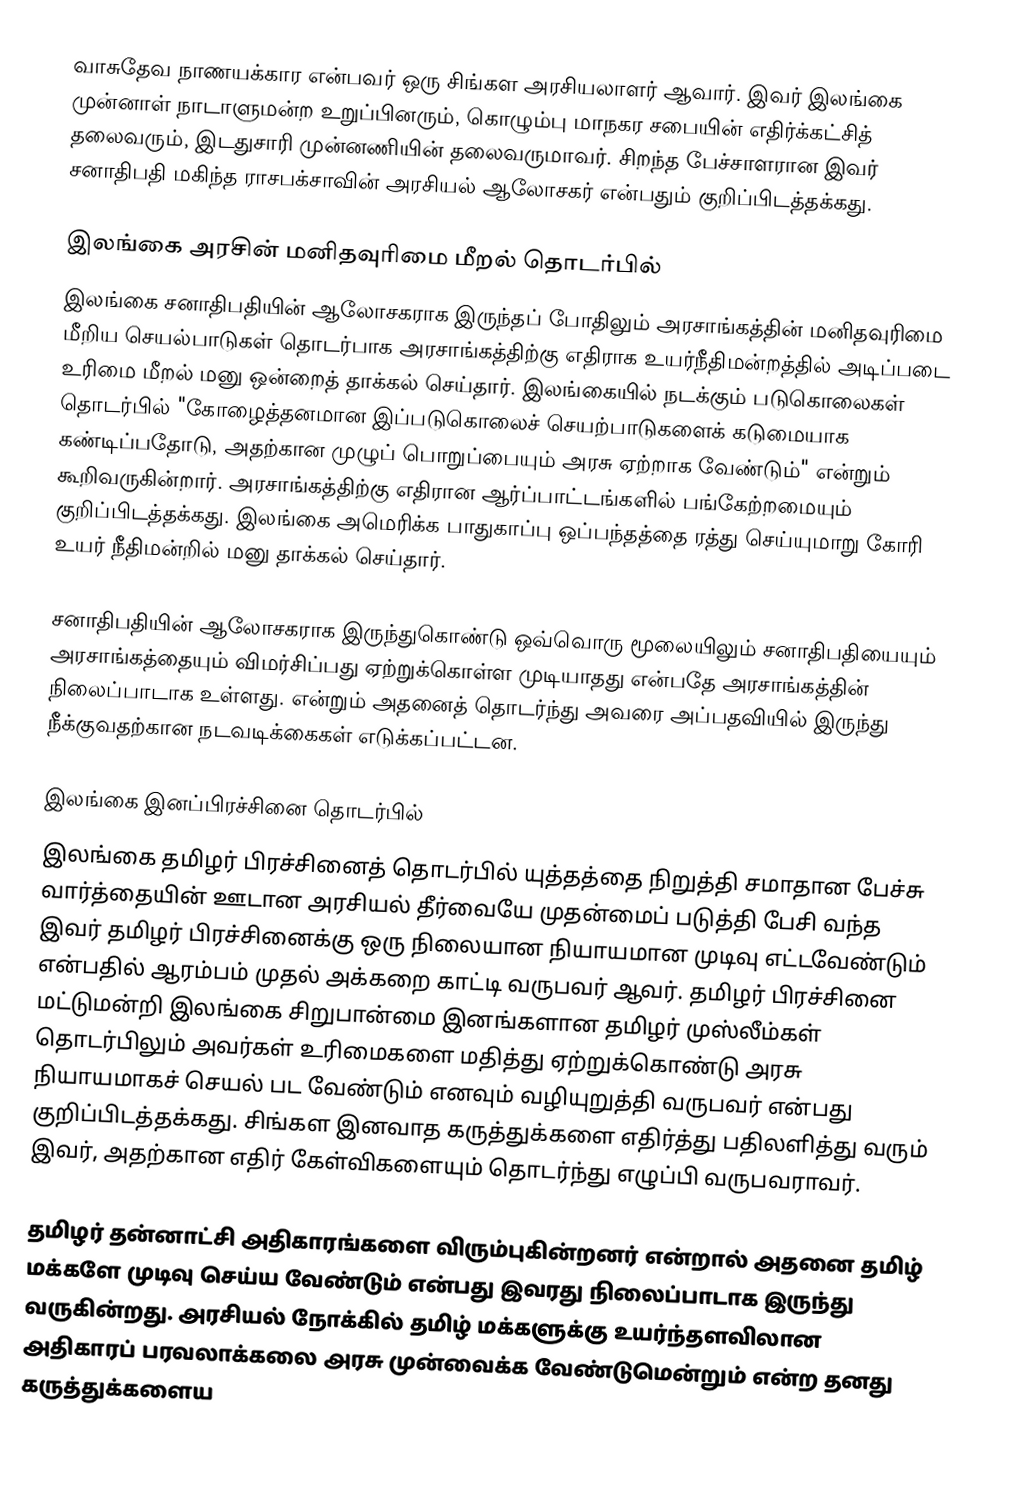
வாசுதேவ நாணயக்கார என்பவர் ஒரு சிங்கள அரசியலாளர் ஆவார். இவர் இலங்கை முன்னாள் நாடாளுமன்ற உறுப்பினரும், கொழும்பு மாநகர சபையின் எதிர்க்கட்சித் தலைவரும், இடதுசாரி முன்னணியின் தலைவருமாவர். சிறந்த பேச்சாளரான இவர் சனாதிபதி மகிந்த ராசபக்சாவின் அரசியல் ஆலோசகர் என்பதும் குறிப்பிடத்தக்கது.

இலங்கை அரசின் மனிதவுரிமை மீறல் தொடர்பில்
இலங்கை சனாதிபதியின் ஆலோசகராக இருந்தப் போதிலும் அரசாங்கத்தின் மனிதவுரிமை மீறிய செயல்பாடுகள் தொடர்பாக அரசாங்கத்திற்கு எதிராக உயர்நீதிமன்றத்தில் அடிப்படை உரிமை மீறல் மனு ஒன்றைத் தாக்கல் செய்தார். இலங்கையில் நடக்கும் படுகொலைகள் தொடர்பில் "கோழைத்தனமான இப்படுகொலைச் செயற்பாடுகளைக்  கடுமையாக கண்டிப்பதோடு, அதற்கான முழுப் பொறுப்பையும் அரசு ஏற்றாக வேண்டும்" என்றும் கூறிவருகின்றார். அரசாங்கத்திற்கு எதிரான ஆர்ப்பாட்டங்களில் பங்கேற்றமையும் குறிப்பிடத்தக்கது. இலங்கை அமெரிக்க பாதுகாப்பு ஒப்பந்தத்தை ரத்து செய்யுமாறு கோரி உயர் நீதிமன்றில் மனு தாக்கல் செய்தார்.

சனாதிபதியின் ஆலோசகராக இருந்துகொண்டு ஒவ்வொரு மூலையிலும் சனாதிபதியையும் அரசாங்கத்தையும்  விமர்சிப்பது ஏற்றுக்கொள்ள முடியாதது என்பதே அரசாங்கத்தின் நிலைப்பாடாக உள்ளது.  என்றும் அதனைத் தொடர்ந்து அவரை அப்பதவியில் இருந்து நீக்குவதற்கான நடவடிக்கைகள் எடுக்கப்பட்டன.

இலங்கை இனப்பிரச்சினை தொடர்பில்
இலங்கை தமிழர் பிரச்சினைத் தொடர்பில் யுத்தத்தை நிறுத்தி சமாதான பேச்சு வார்த்தையின் ஊடான அரசியல் தீர்வையே முதன்மைப் படுத்தி பேசி வந்த இவர் தமிழர் பிரச்சினைக்கு ஒரு நிலையான நியாயமான முடிவு எட்டவேண்டும் என்பதில் ஆரம்பம் முதல் அக்கறை காட்டி வருபவர் ஆவர். தமிழர் பிரச்சினை மட்டுமன்றி இலங்கை சிறுபான்மை இனங்களான தமிழர் முஸ்லீம்கள் தொடர்பிலும் அவர்கள் உரிமைகளை மதித்து ஏற்றுக்கொண்டு அரசு நியாயமாகச் செயல் பட வேண்டும் எனவும் வழியுறுத்தி வருபவர் என்பது குறிப்பிடத்தக்கது. சிங்கள இனவாத கருத்துக்களை எதிர்த்து பதிலளித்து வரும் இவர், அதற்கான எதிர் கேள்விகளையும் தொடர்ந்து எழுப்பி வருபவராவர்.

தமிழர் தன்னாட்சி அதிகாரங்களை விரும்புகின்றனர் என்றால் அதனை தமிழ் மக்களே முடிவு செய்ய வேண்டும் என்பது இவரது நிலைப்பாடாக இருந்து வருகின்றது. அரசியல் நோக்கில் தமிழ் மக்களுக்கு உயர்ந்தளவிலான அதிகாரப் பரவலாக்கலை அரசு முன்வைக்க வேண்டுமென்றும் என்ற தனது கருத்துக்களைய